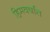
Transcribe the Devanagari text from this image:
हिमवर्षात